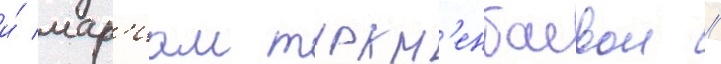
и́ мар'иам туркм'енбаевои //